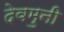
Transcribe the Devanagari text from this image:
देवमुनी